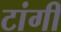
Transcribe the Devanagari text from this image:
टांगी